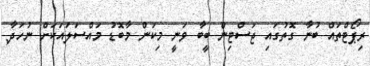
ރިޕޯޓްތައް ބުނާ ގޮތުގައި ޖަސްޓިން ބީބާ ވަނީ މިކަން މާބޮޑު މައްސަލައަކަށް ނުހަދާ